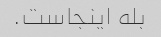
بله اینجاست.